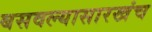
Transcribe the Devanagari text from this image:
बसवल्यासारखंच